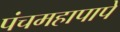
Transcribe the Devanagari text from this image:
पंचमहापापे